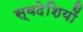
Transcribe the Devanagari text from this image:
स्वदेशियों